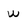
Character: W